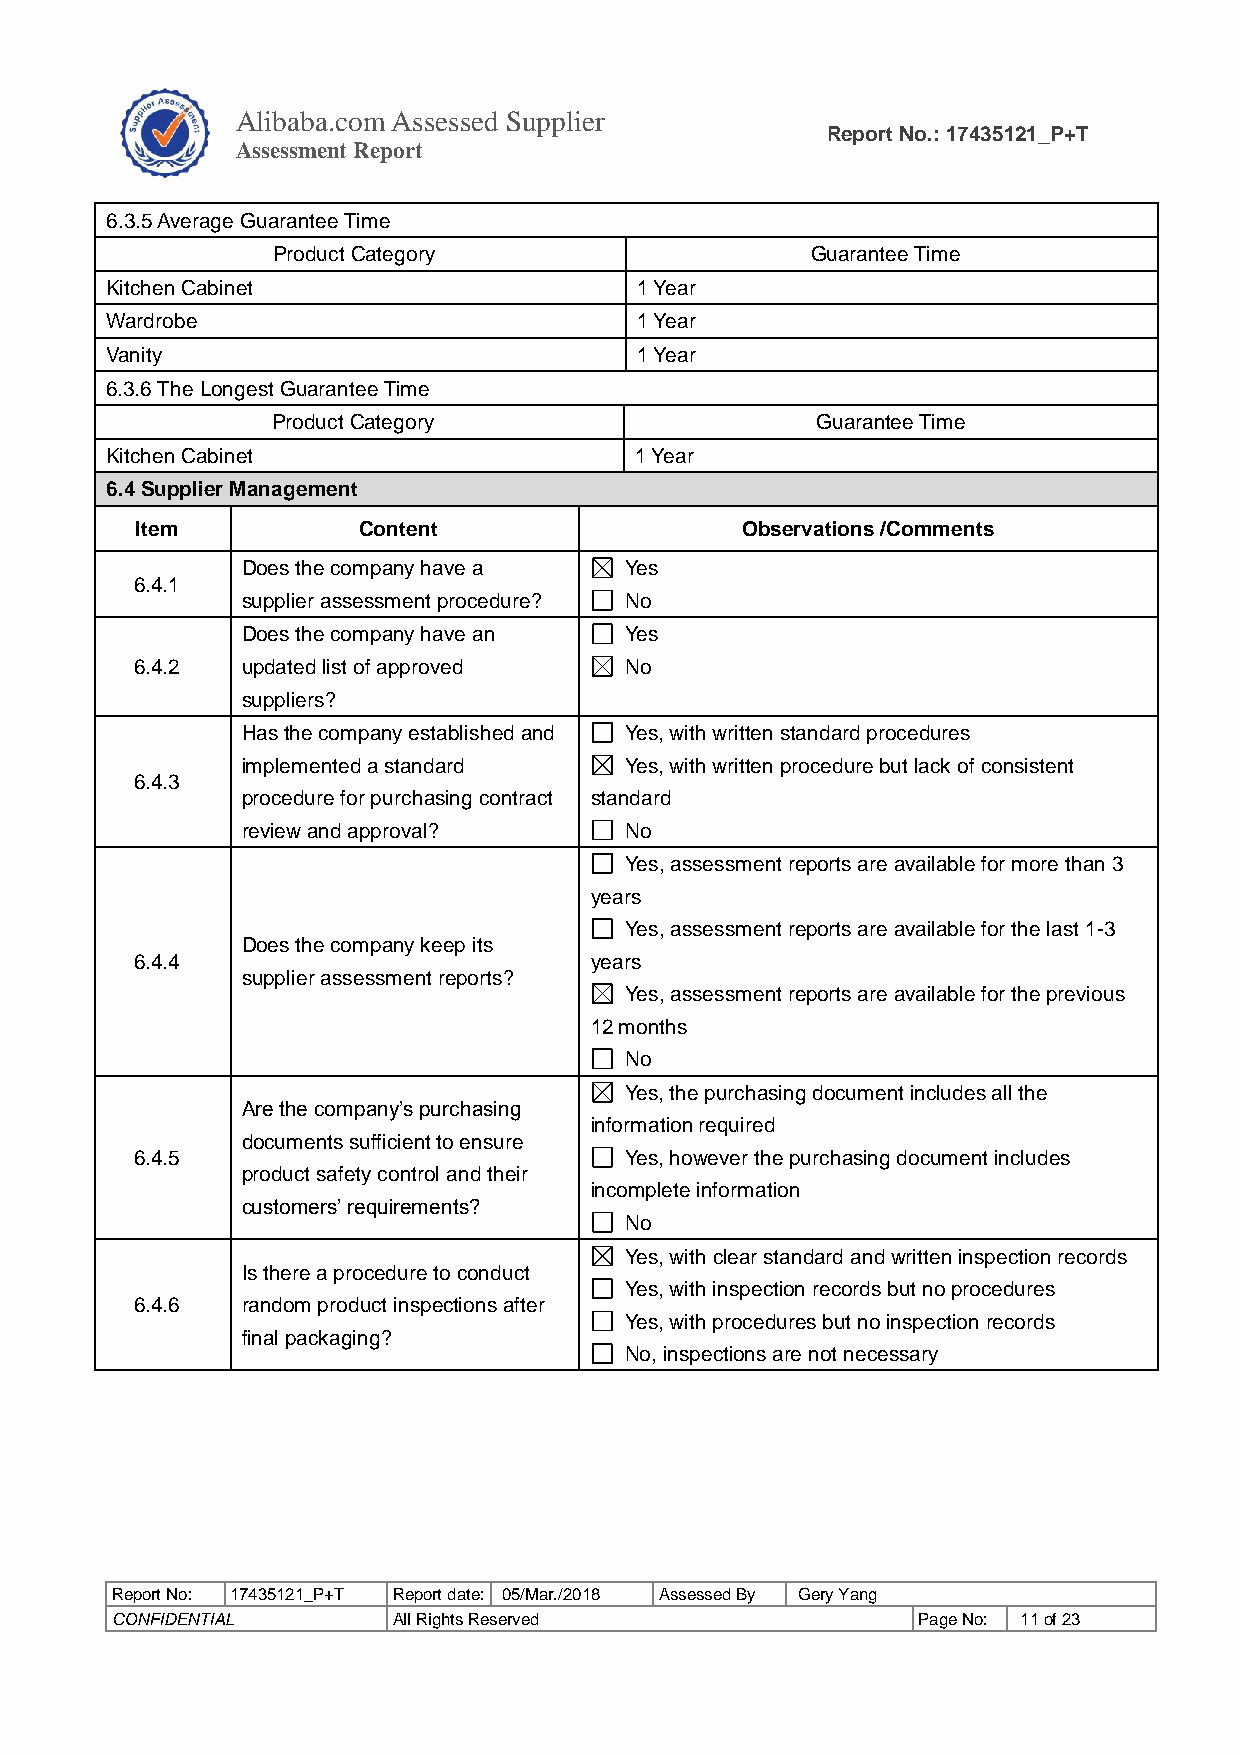
Alibaba.com Assessed Supplier
 Report No.: 17435121_P+T
 As sessment Report
 6.3.5 Average Guarantee Time
 Product Category                    Guarantee Time
 Kitchen Cabinet                    1 Year
 Wardrobe                           1 Year
 Vanity                             1 Year
 6.3.6 The Longest Guarantee Time
 Product Category                    Guarantee Time
 Kitchen Cabinet                    1 Year
 6.4 Supplier Management
 Item           Content                  Observations /Comments
 Does the company have a  Yes
 6.4.1
 supplier assessment procedure? No
 Does the company have an Yes
 6.4.2  updated list of approved No
 suppliers?
 Has the company established and Yes, with written standard procedures
 implemented a standard   Yes, with written procedure but lack of consistent
 6.4.3
 procedure for purchasing contract standard
 review and approval?     No
 Yes, assessment reports are available for more than 3
 years
 Yes, assessment reports are available for the last 1-3
 Does the company keep its
 6.4.4                         years
 supplier assessment reports?
 Yes, assessment reports are available for the previous
 12 months
 No
 Yes, the purchasing document includes all the
 Are the company’s purchasing
 information required
 documents sufficient to ensure
 6.4.5                           Yes, however the purchasing document includes
 product safety control and their
 incomplete information
 customers’ requirements?
 No
 Yes, with clear standard and written inspection records
 Is there a procedure to conduct
 Yes, with inspection records but no procedures
 6.4.6  random product inspections after
 Yes, with procedures but no inspection records
 final packaging?
 No, inspections are not necessary
 Report No: 17435121_P+T Report date: 05/Mar./2018 Assessed By Gery Yang
 CONFIDENTIAL       All Rights Reserved                Page No: 11 of 23